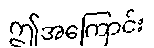
ဤအကြောင်း